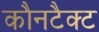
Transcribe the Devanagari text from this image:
कौनटैक्ट